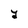
Character: Y